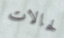
لحالات